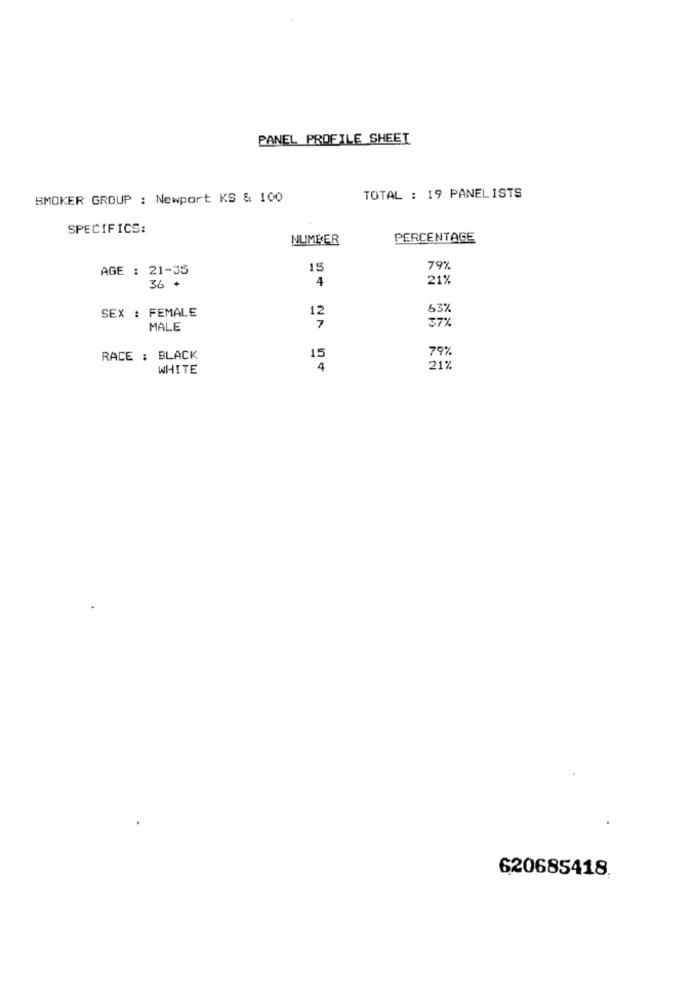
PANEL PROFILE SHEET
SMOKER GROUP : Newport KS & 100
TOTAL : 19 PANELISTS
SPECIFICS:
NUMBER
PERCENTAGE
AGE : 21-35
15
79%
4
21%
36 +
SEX : FEMALE
63%
12
37%
MALE
7
79%
RACE : BLACK
15
WHITE
4
21%
620685418.